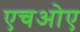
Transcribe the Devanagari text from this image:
एचओए